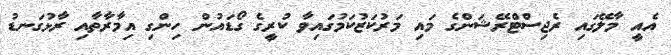
އެއީ މާލޭގައި ރެޖިސްޓްރޭޝަންގެ މައި މަރުކަޒުކަމުގައިވާ ކުރީގެ ގޯޑައުން ހިންގި އިމާރާތާއި ރާޅުގަނޑު